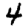
Digit: 4